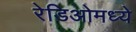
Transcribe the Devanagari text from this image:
रेडिओमध्ये